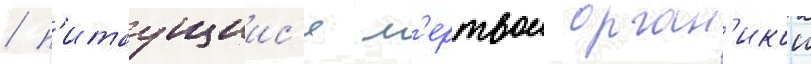
/ п'итаущиис'я м'ертвои орган'икои